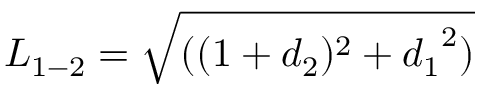
{ L _ { 1 - 2 } } = \sqrt { ( ( 1 + { d _ { 2 } } ) ^ { 2 } + { d _ { 1 } } ^ { 2 } ) }